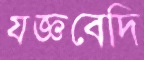
যজ্ঞবেদি